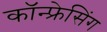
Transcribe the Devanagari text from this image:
कॉन्फ्रेसिंग